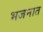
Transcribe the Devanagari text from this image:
भजनात